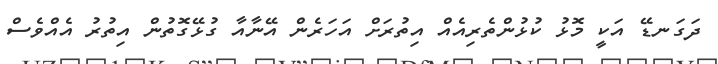
ދަގަނޑޭ އަކީ މޮޅު ކުޅުންތެރިއެއް އިތުރަށް އަހަރެން އޭނާއާ ގުޅޭގޮތުން އިތުރު އެއްވެސް